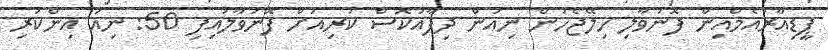
ޕީޑިއާރުއެމްއިން ފޮނުވާލި ހިލޭޖެހުން ނިއުން ދިފާއުކޮސް ކުރިއަށް ފޮނުވާލައިފި 50: ނިއު އިންކުރި